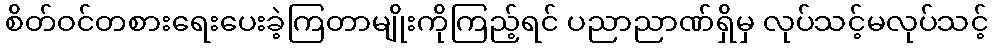
စိတ်ဝင်တစားရေးပေးခဲ့ကြတာမျိုးကိုကြည့်ရင် ပညာညာဏ်ရှိမှ လုပ်သင့်မလုပ်သင့်